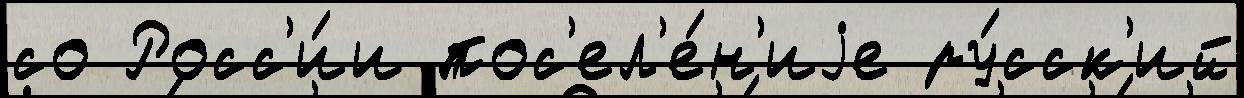
со Росс'и́и пос'ел'е́н'иjе ру́сск'ий